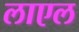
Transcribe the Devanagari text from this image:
लाएल